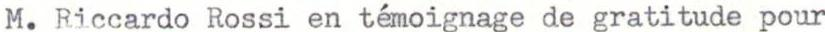
M. Riccardo Rossi en témoignage de gratitude pour